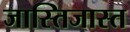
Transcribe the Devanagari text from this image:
जास्तिजास्त